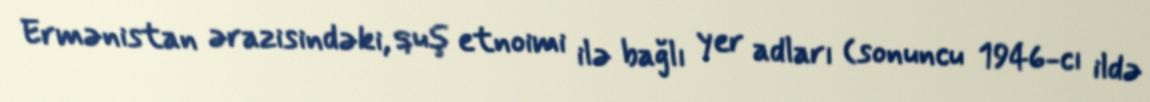
Ermənistan ərazisindəki, quş etnoimi ilə bağlı yer adları (sonuncu 1946-cı ildə